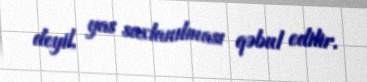
deyil, yas saxlanılması qəbul edilir.